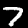
Digit: 7